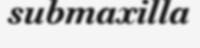
submaxilla